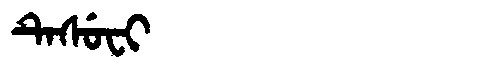
Manchu: ᡨᡝᠰᡠᠸᡳ
Romanization: TESUFI